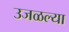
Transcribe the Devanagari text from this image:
उजळल्या